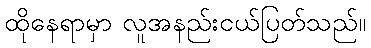
ထိုနေရာမှာ လူအနည်းငယ်ပြတ်သည်။